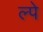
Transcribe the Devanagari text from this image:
ल्पे